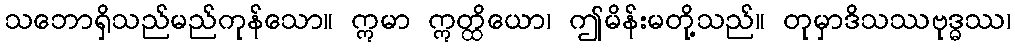
သဘောရှိသည်မည်ကုန်သော။ ဣမာ ဣတ္ထိယော၊ ဤမိန်းမတို့သည်။ တုမှာဒိသဿဗုဒ္ဓဿ၊